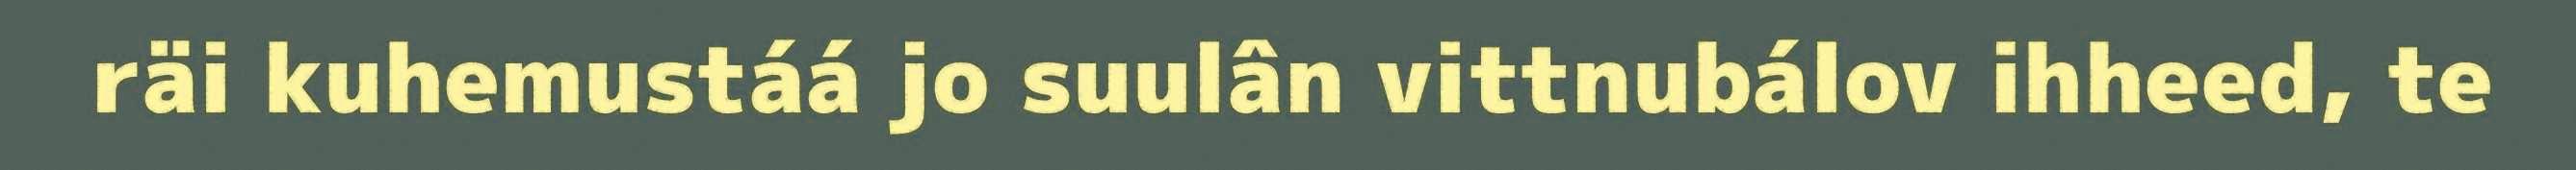
räi kuhemustáá jo suulân vittnubálov ihheed, te